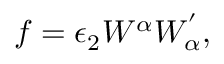
f = \epsilon _ { 2 } W ^ { \alpha } W _ { \alpha } ^ { ' } ,